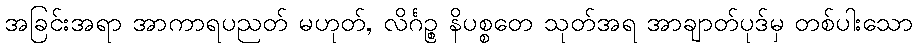
အခြင်းအရာ အာကာရပညတ် မဟုတ်, လိင်္ဂဉ္စ နိပစ္စတေ သုတ်အရ အာချာတ်ပုဒ်မှ တစ်ပါးသော